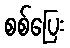
စစ်ပြေး